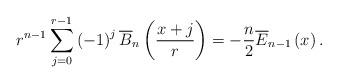
LaTeX: \begin{align*}r^{n-1}\sum_{j=0}^{r-1}\left( -1\right) ^{j}\overline{B}_{n}\left(\frac{x+j}{r}\right) =-\frac{n}{2}\overline{E}_{n-1}\left( x\right) .\end{align*}